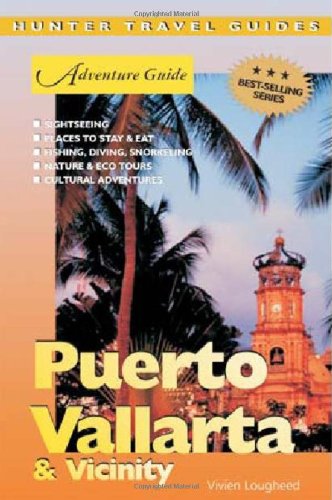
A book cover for Adventure Guide Puerto Vallarta & Vicinity (Adventure Guides Series) (Adventure Guides Series); Vivien Lougheed; Travel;